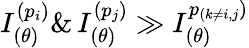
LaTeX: I_{(\theta)}^{(p_{i})}\& \, I_{(\theta)}^{(p_{j})}\gg I_{(\theta)}^{p_{(k\neq i,j})}